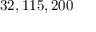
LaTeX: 3 2 , 1 1 5 , 2 0 0